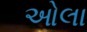
ઓલા